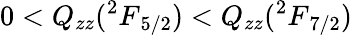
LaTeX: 0<Q_{zz}({^2F}_{5/2})<Q_{zz}({^2F}_{7/2})